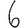
Digit: 6